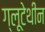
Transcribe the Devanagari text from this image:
ग्लूटेथीन